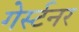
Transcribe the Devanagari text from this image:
गेर्स्टनर